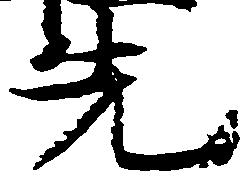
先